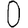
Digit: 0